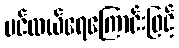
ပင်လယ်ရေကြောင်းဖြင့်